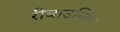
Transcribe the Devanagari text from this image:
रीबाउन्डिंग